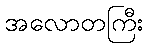
အလောတကြီး